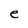
Character: e